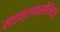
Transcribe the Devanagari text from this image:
साइक्लाक्सीजिनेज़